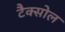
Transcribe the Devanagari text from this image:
टैक्सोल